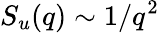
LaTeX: S_{u}(q)\sim 1/q^{2}